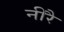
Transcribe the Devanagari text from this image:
नीरै